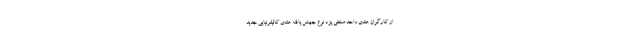
از کارگران هندی واحد صنعتی یزد نوع جهش یافته هندی کالیفرنیایی جدید